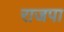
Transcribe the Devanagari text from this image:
राजपा